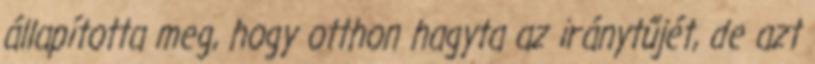
állapította meg, hogy otthon hagyta az iránytűjét, de azt